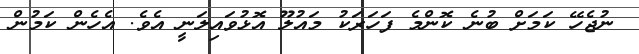
ނުޖެހޭ ކަމަށް ބުނެ ކޮންމެ ފަހަރަކު މައުލޫ އޮޅުވައިލަނީ އެވެ. އެހެން ކަމުން